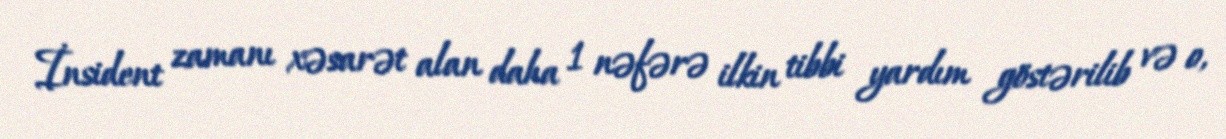
İnsident zamanı xəsarət alan daha 1 nəfərə ilkin tibbi yardım göstərilib və o,